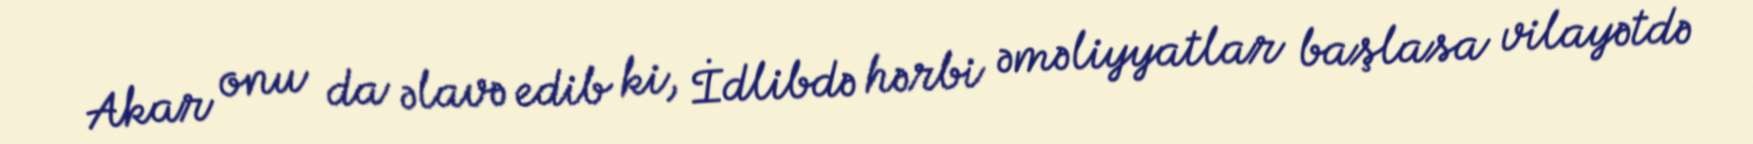
Akar onu da əlavə edib ki, İdlibdə hərbi əməliyyatlar başlasa vilayətdə